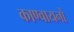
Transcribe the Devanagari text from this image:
काण्वायनों